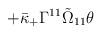
LaTeX: \begin{align*} +\bar{\kappa}_+ \Gamma^{11} \tilde{\Omega}_{11} \theta\end{align*}